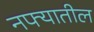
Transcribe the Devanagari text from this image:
नफ्यातील